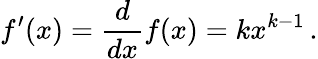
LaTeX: f^{\prime}(x)={\frac{d}{dx}}f(x)=kx^{k-1}\, .